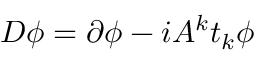
D \phi = \partial \phi - i A ^ { k } t _ { k } \phi